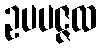
ဥပပဇ္ဇထ